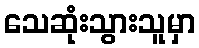
သေဆုံးသွားသူမှာ